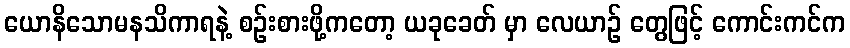
ယောနိသောမနသိကာရနဲ့ စဉ်းစားဖို့ကတော့ ယခုခေတ် မှာ လေယာဉ် တွေဖြင့် ကောင်းကင်က